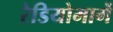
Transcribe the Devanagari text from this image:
रेडियोमार्गे